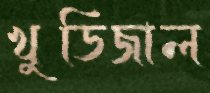
খুডিজাল